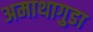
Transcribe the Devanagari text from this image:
अमाथागुडा